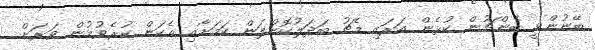
ބޭނުންވީ ބެންޗުން ކުޅެން އަރައި މެޗު ބަދަލުކޮށްލަން ކަމަށާއި އެކަން ކުރެވުމުން ވަރަށް